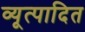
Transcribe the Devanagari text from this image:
व्यूत्पादित